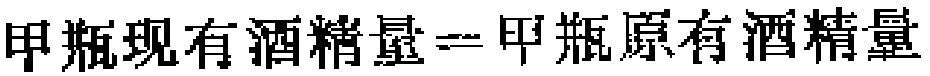
甲瓶现有酒精量 = 甲瓶原有酒精量